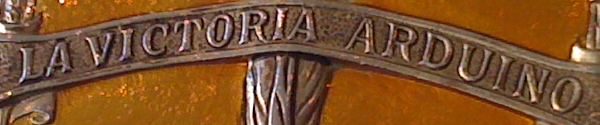
LA VICTORIA ARDUINO